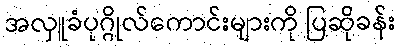
အလှူခံပုဂ္ဂိုလ်ကောင်းများကို ပြဆိုခန်း